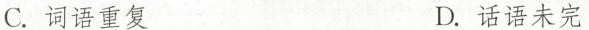
C.词语重复 D.话语未完